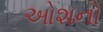
ઓશનો